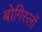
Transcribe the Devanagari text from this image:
बोगिस्लॉ